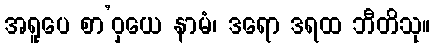
အရူပေ စာ’ဝှယေ နာမံ၊ ဒရော ဒရထ ဘီတိသု။